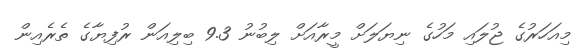
މިއަހަރުގެ ޖުލައި މަހުގެ ނިޔަލަށް މީރާއަށް ލިބުނު 9.3 ބިލިއަން ރުފިޔާގެ ތެރެއިން